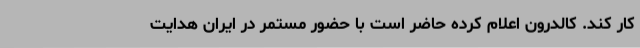
کار کند. کالدرون اعلام کرده حاضر است با حضور مستمر در ایران هدایت